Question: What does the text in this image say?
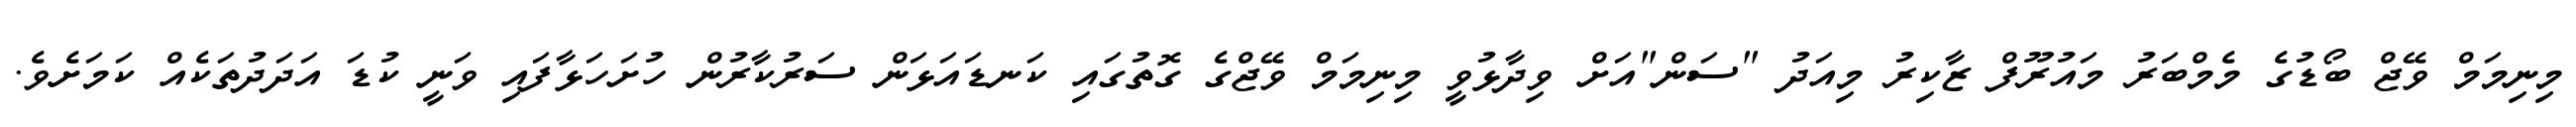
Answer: މިނިމަމް ވޭޖް ބޯޑުގެ މެމްބަރު މައުރޫފް ޒާކިރު މިއަދު "ސަން"އަށް ވިދާޅުވީ މިނިމަމް ވޭޖްގެ ގޮތުގައި ކަނޑައަޅަން ސަރުކާރުން ހުށަހަޅާފައި ވަނީ ކުޑަ އަދަދުތަކެއް ކަމަށެވެ.